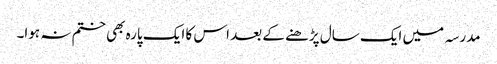
مدرسہ میں ایک سال پڑھنے کے بعد اس کا ایک پارہ بھی ختم نہ ہوا۔